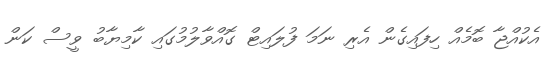
އެކުއްޖާ ބޮމެއް ހިފައިގެން އެރި ނަމަ ފުލައިޓް ގޮއްވާލުމުގައި ކާމިޔާބު ވީސް ކަން